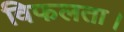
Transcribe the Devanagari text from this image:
विफलता।